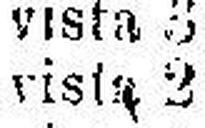
vista 2